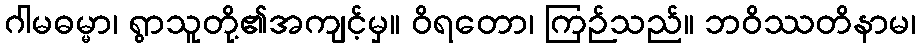
ဂါမဓမ္မာ၊ ရွာသူတို့၏အကျင့်မှ။ ဝိရတော၊ ကြဉ်သည်။ ဘဝိဿတိနာမ၊